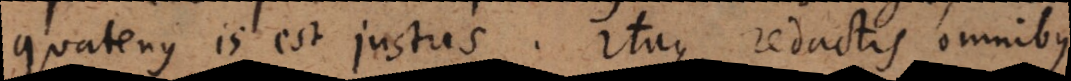
quatenus is est justus. Itaque reductis omnibus